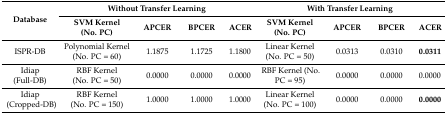
<table><thead><tr><td rowspan="2"><b>Database</b></td><td colspan="4"><b>Without Transfer Learning</b></td><td colspan="4"><b>With Transfer Learning</b></td></tr><tr><td><b>SVM Kernel (No. PC)</b></td><td><b>APCER</b></td><td><b>BPCER</b></td><td><b>ACER</b></td><td><b>SVM Kernel (No. PC)</b></td><td><b>APCER</b></td><td><b>BPCER</b></td><td><b>ACER</b></td></tr></thead><tbody><tr><td>ISPR-DB</td><td>Polynomial Kernel (No. PC = 60)</td><td>1.1875</td><td>1.1725</td><td>1.1800</td><td>Linear Kernel (No. PC = 50)</td><td>0.0313</td><td>0.0310</td><td><b>0.0311</b></td></tr><tr><td>Idiap (Full-DB)</td><td>RBF Kernel (No. PC = 50)</td><td>0.0000</td><td>0.0000</td><td>0.0000</td><td>RBF Kernel (No. PC = 95)</td><td>0.0000</td><td>0.0000</td><td>0.0000</td></tr><tr><td>Idiap (Cropped-DB)</td><td>RBF Kernel (No. PC = 150)</td><td>1.0000</td><td>1.0000</td><td>1.0000</td><td>Linear Kernel (No. PC = 100)</td><td>0.0000</td><td>0.0000</td><td><b>0.0000</b></td></tr></tbody></table>